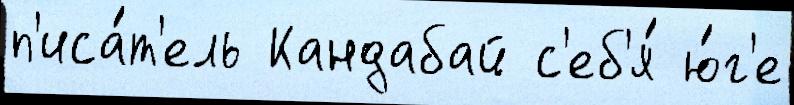
п'иса́т'ель Кандабай с'еб'я́ ю́г'е